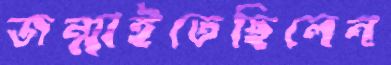
জন্মাইতেছিলেন